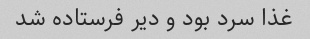
غذا سرد بود و دیر فرستاده شد